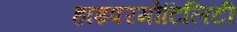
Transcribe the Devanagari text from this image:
हाइपरमोटिलिटी